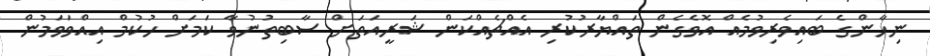
ނިހާންގެ ބައިވެރިވުމެއް އޮވެގެން ތައްޔާރުކުރި އެއްޗެއްކަން ޝަރީއަތަށް ސާބިތުނުވާ ކަމަށް ހުކުމް އިއްވަވަމުން